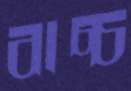
বাচ্চ